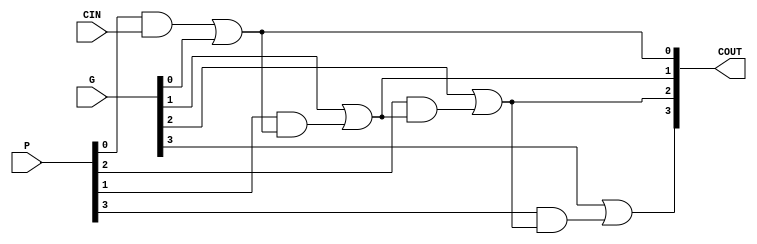
module cla (COUT, P, G, CIN);
	input  CIN;
	input  [3:0] P;
	input  [3:0] G;
	output [3:0] COUT;
	
	// C1
	wire W0;
	and and0 (W0, P[0], CIN);
	or  or0  (COUT[0], W0, G[0]);
	
	//C2
	wire W1;
	wire W2;
	wire W3;
	and and1 (W1, P[0], CIN);
	or  or1  (W2, W1, G[0]);
	and and2 (W3, P[1], W2);
	or  or2  (COUT[1], G[1], W3);
	
	//C3
	wire W4;
	wire W5;
	wire W6;
	wire W7;
	wire W8;
	and and3 (W4, P[0], CIN);
	or  or3  (W5, W4, G[0]);
	and and4 (W6, P[1], W5);
	or  or4  (W7, G[1], W6);
	and and5 (W8, P[2], W7);
	or  or5  (COUT[2], G[2], W8);
	
	//C4
	wire W9;
	wire W10;
	wire W11;
	wire W12;
	wire W13;
	wire W14;
	wire W15;
	and and6 (W9, P[0], CIN);
	or  or6  (W10, W9, G[0]);
	and and7 (W11, P[1], W10);
	or  or7  (W12, G[1], W11);
	and and8 (W13, P[2], W12);
	or  or8  (W14, G[2], W13);
	and and9 (W15, P[3], W14);
	or  or9  (COUT[3], G[3], W15);
endmodule